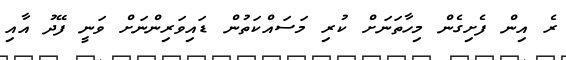
ރެ އިން ފެށިގެން މިހާތަނަށް ކުރި މަސައްކަތުން ޑައިވަރިންނަށް ވަނީ ފޭދު އާއި